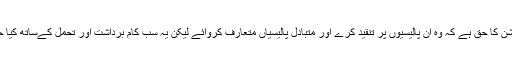
اپوزیشن کا حق ہے کہ وہ ان پالیسیوں پر تنقید کرے اور متبادل پالیسیاں متعارف کروائے لیکن یہ سب کام برداشت اور تحمل کےساتھ کیا جائے۔